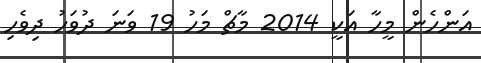
އަންހެން މީހާ އަކީ 2014 މާޗް މަހު 19 ވަނަ ދުވަހު ދިވެހި